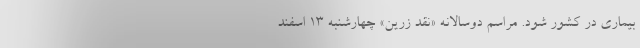
بیماری در کشور شود. مراسم دوسالانه‌ «نقد زرین» چهارشنبه ۱۳ اسفند